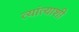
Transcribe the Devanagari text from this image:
त्यांत्याशी